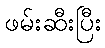
ဖမ်းဆီးပြီး